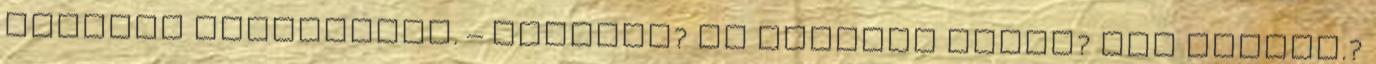
helyzet lehetetlen. – Bethany? Mi történt veled? Hol voltál.?